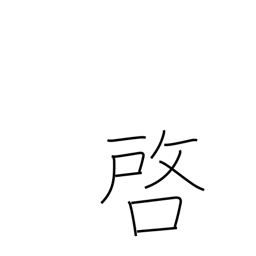
Meaning: disclose